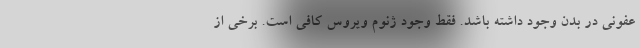
عفونی در بدن وجود داشته باشد. فقط وجود ژنوم ویروس کافی است. برخی از